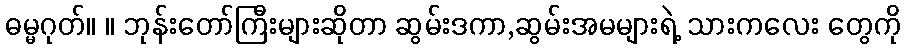
ဓမ္မဂုတ်။ ။ ဘုန်းတော်ကြီးများဆိုတာ ဆွမ်းဒကာ,ဆွမ်းအမများရဲ့ သားကလေး တွေကို